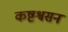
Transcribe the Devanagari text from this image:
कष्टश्वसन